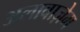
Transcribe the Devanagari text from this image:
अलावाज़ेम